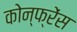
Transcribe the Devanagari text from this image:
कोन्फ्रेंस